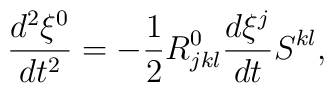
\frac{d^{2}\xi^{0}}{dt^{2}}=-\frac{1}{2}R_{jkl}^{0}\frac{d\xi^{j}}{dt}S^{kl},